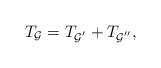
\begin{align*}T_{{\cal G}}=T_{{\cal G}^{^{\prime }}}+T_{{\cal G}^{^{\prime \prime }}},\end{align*}